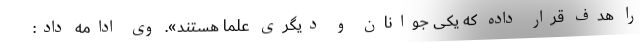
را هدف قرار داده که یکی جوانان و دیگری علما هستند». وی ادامه داد: